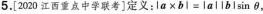
5.[2020江西重点中学联考]定义：la×bl=lallblsinθ，